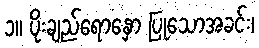
၁။ ပိုးချည်ရောနှော ပြုသောအခင်း၊